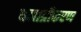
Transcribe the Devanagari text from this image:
धनाग्रीकरण